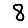
Digit: 8